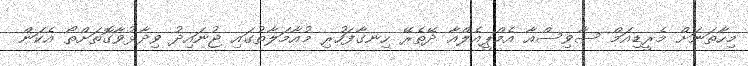
މިހާތަނަށް މެރީޑިއަމް ސާވިސްއާ އެމްޕީއެލްއާ ދޭތެރޭ ހިނގާފަހުރި މުއާމަލާތުގައި ޖުނައިދު ވިދާޅުވާގޮތަށްތޯ އެކަން